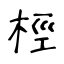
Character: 桱